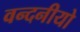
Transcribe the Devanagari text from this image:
वन्दनीयो